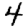
Digit: 4